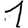
Digit: 1